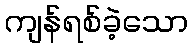
ကျန်ရစ်ခဲ့သော